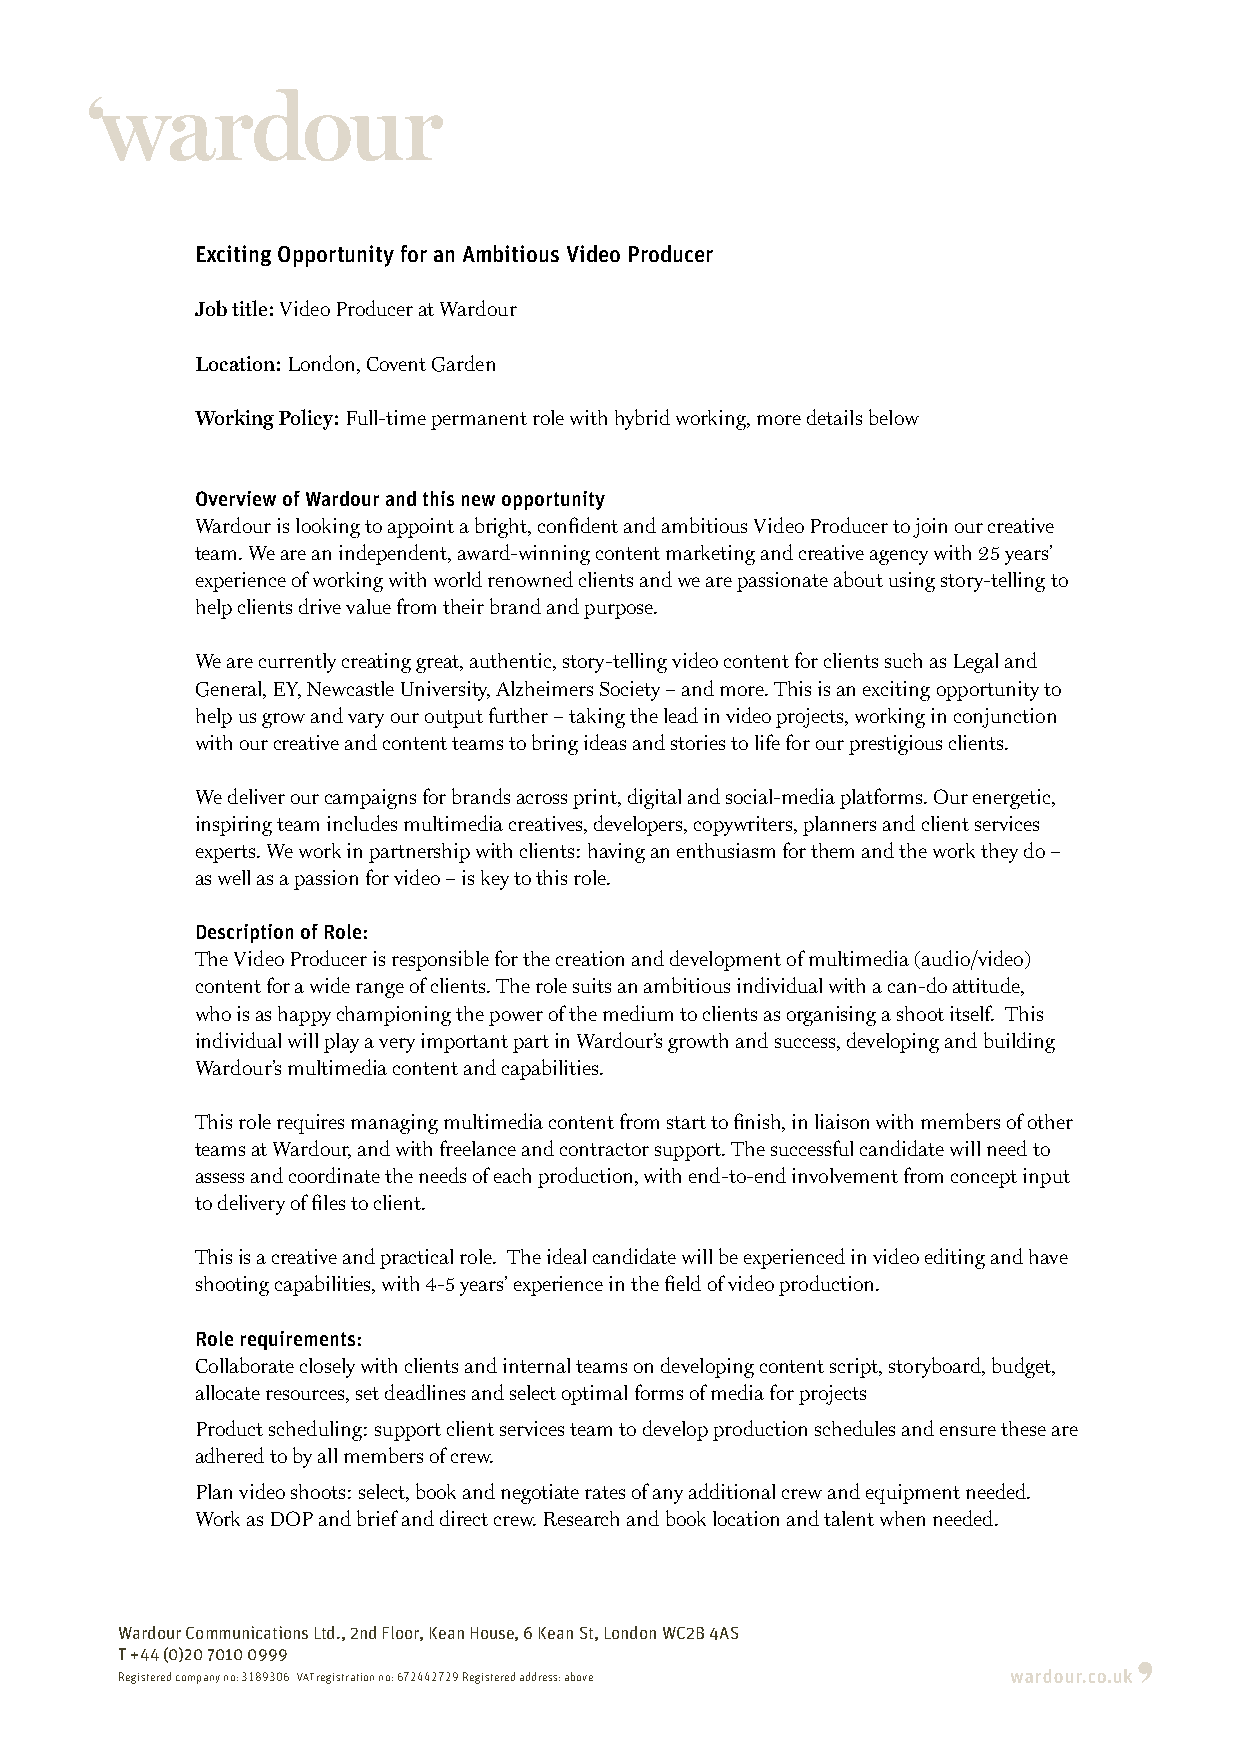
Exciting Opportunity for an Ambitious Video Producer
 Job title: Video Producer at Wardour
 Location: London, Covent Garden
 Working Policy: Full-time permanent role with hybrid working, more details below
 Overview of Wardour and this new opportunity
 Wardour is looking to appoint a bright, confident and ambitious Video Producer to join our creative
 team. We are an independent, award-winning content marketing and creative agency with 25 years’
 experience of working with world renowned clients and we are passionate about using story-telling to
 help clients drive value from their brand and purpose.
 We are currently creating great, authentic, story-telling video content for clients such as Legal and
 General, EY, Newcastle University, Alzheimers Society – and more. This is an exciting opportunity to
 help us grow and vary our output further – taking the lead in video projects, working in conjunction
 with our creative and content teams to bring ideas and stories to life for our prestigious clients.
 We deliver our campaigns for brands across print, digital and social-media platforms. Our energetic,
 inspiring team includes multimedia creatives, developers, copywriters, planners and client services
 experts. We work in partnership with clients: having an enthusiasm for them and the work they do –
 as well as a passion for video – is key to this role.
 Description of Role:
 The Video Producer is responsible for the creation and development of multimedia (audio/video)
 content for a wide range of clients. The role suits an ambitious individual with a can-do attitude,
 who is as happy championing the power of the medium to clients as organising a shoot itself. This
 individual will play a very important part in Wardour’s growth and success, developing and building
 Wardour’s multimedia content and capabilities.
 This role requires managing multimedia content from start to finish, in liaison with members of other
 teams at Wardour, and with freelance and contractor support. The successful candidate will need to
 assess and coordinate the needs of each production, with end-to-end involvement from concept input
 to delivery of files to client.
 This is a creative and practical role. The ideal candidate will be experienced in video editing and have
 shooting capabilities, with 4-5 years’ experience in the field of video production.
 Role requirements:
 Collaborate closely with clients and internal teams on developing content script, storyboard, budget,
 allocate resources, set deadlines and select optimal forms of media for projects
 Product scheduling: support client services team to develop production schedules and ensure these are
 adhered to by all members of crew.
 Plan video shoots: select, book and negotiate rates of any additional crew and equipment needed.
 Work as DOP and brief and direct crew. Research and book location and talent when needed.
 Wardour Communications Ltd., 2nd Floor, Kean House, 6 Kean St, London WC2B 4AS
 T +44 (0)20 7010 0999
 Registered company no: 3189306 VAT registration no: 672442729 Registered address: above